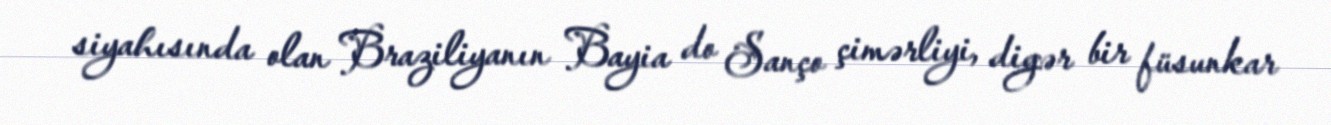
siyahısında olan Braziliyanın Bayia do Sanço çimərliyi, digər bir füsunkar